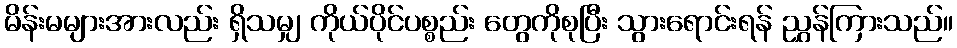
မိန်းမများအားလည်း ရှိသမျှ ကိုယ်ပိုင်ပစ္စည်း တွေကိုစုပြီး သွားရောင်းရန် ညွှန်ကြားသည်။